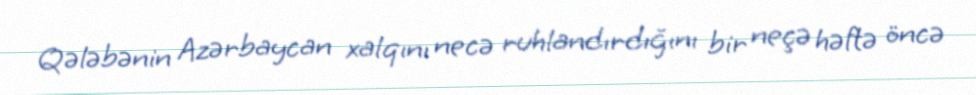
Qələbənin Azərbaycan xalqını necə ruhlandırdığını bir neçə həftə öncə